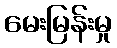
မေးမြန်းမှု